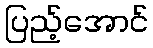
ပြည့်အောင်